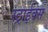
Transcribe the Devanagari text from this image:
स्ट्राईक्स